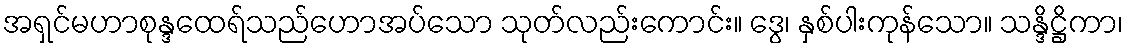
အရှင်မဟာစုန္ဒထေရ်သည်ဟောအပ်သော သုတ်လည်းကောင်း။ ဒွေ၊ နှစ်ပါးကုန်သော။ သန္ဒိဋ္ဌိကာ၊